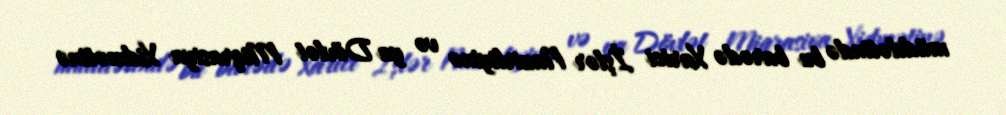
müddətində bu barədə Xarici İşlər Nazirliyinə və ya Dövlət Miqrasiya Xidmətinə